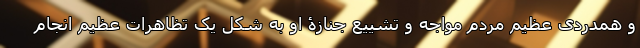
و همدردی عظیم مردم مواجه و تشییع جنازۀ او به شکل یک تظاهرات عظیم انجام